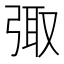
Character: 𪪿